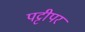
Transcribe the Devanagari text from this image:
पट्टीपर